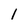
Character: I